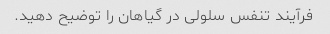
فرآیند تنفس سلولی در گیاهان را توضیح دهید.